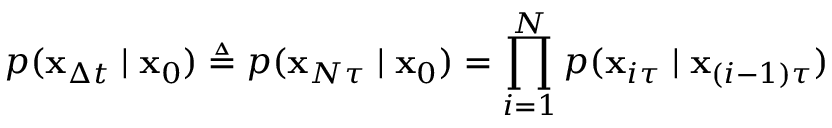
p ( \mathbf { x } _ { \Delta t } \mid \mathbf { x } _ { 0 } ) \triangleq p ( \mathbf { x } _ { N \tau } \mid \mathbf { x } _ { 0 } ) = \prod _ { i = 1 } ^ { N } p ( \mathbf { x } _ { i \tau } \mid \mathbf { x } _ { ( i - 1 ) \tau } )